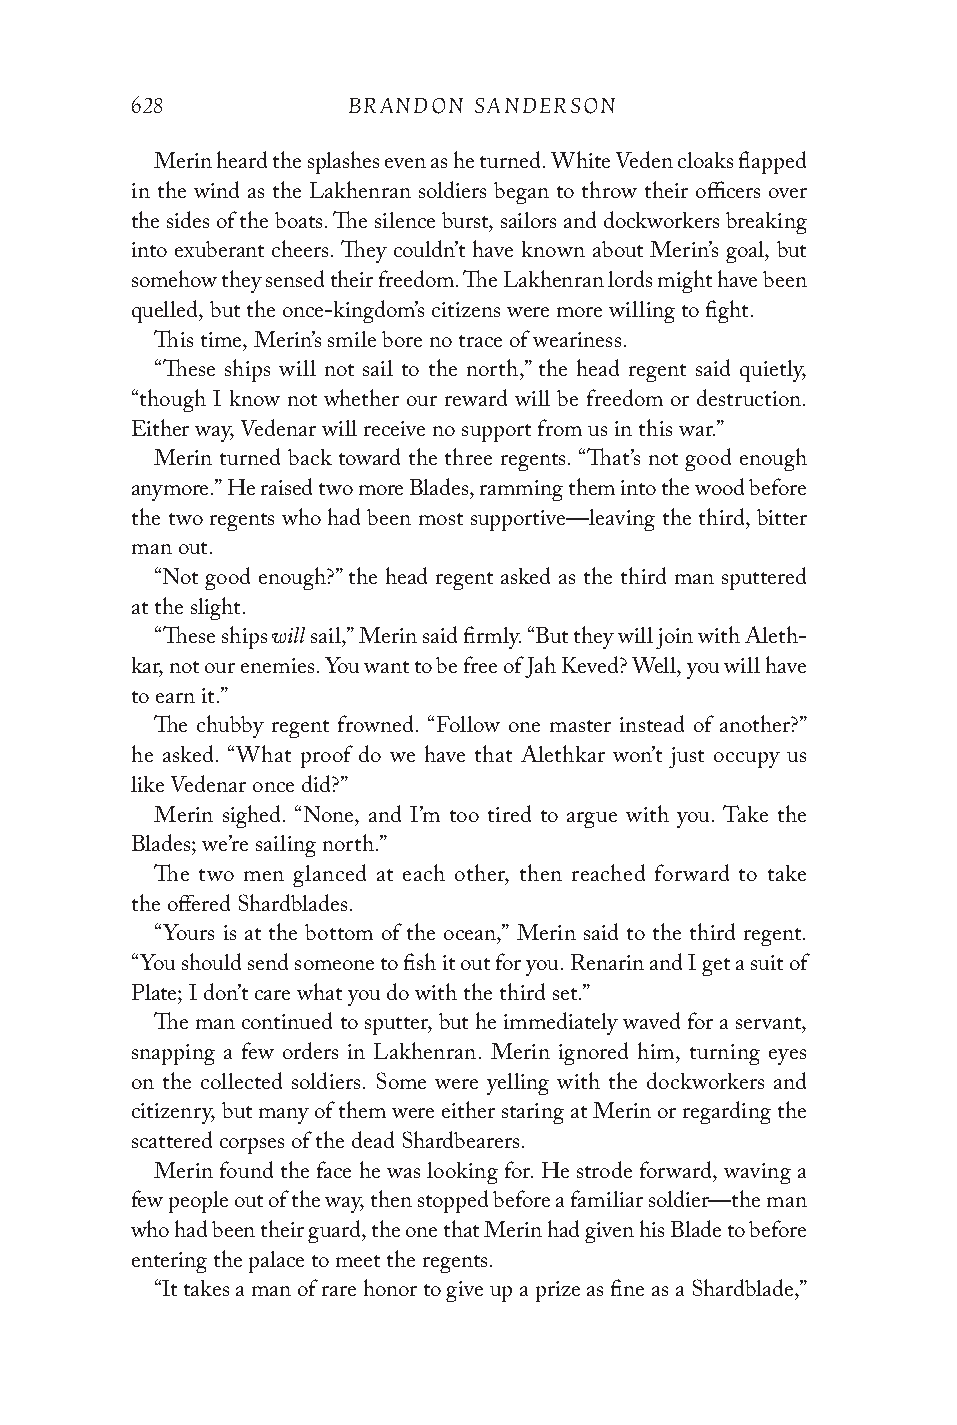
628           BRANDON SANDERSON
 Merin heard the splashes even as he turned. White Veden cloaks flapped
 in the wind as the Lakhenran soldiers began to throw their officers over
 the sides of the boats. The silence burst, sailors and dockworkers breaking
 into exuberant cheers. They couldn’t have known about Merin’s goal, but
 somehow they sensed their freedom. The Lakhenran lords might have been
 quelled, but the once-kingdom’s citizens were more willing to fight.
 This time, Merin’s smile bore no trace of weariness.
 “These ships will not sail to the north,” the head regent said quietly,
 “though I know not whether our reward will be freedom or destruction.
 Either way, Vedenar will receive no support from us in this war.”
 Merin turned back toward the three regents. “That’s not good enough
 anymore.” He raised two more Blades, ramming them into the wood before
 the two regents who had been most supportive—leaving the third, bitter
 man out.
 “Not good enough?” the head regent asked as the third man sputtered
 at the slight.
 will
 “These ships sail,” Merin said firmly. “But they will join with Aleth-
 kar, not our enemies. You want to be free of Jah Keved? Well, you will have
 to earn it.”
 The chubby regent frowned. “Follow one master instead of another?”
 he asked. “What proof do we have that Alethkar won’t just occupy us
 like Vedenar once did?”
 Merin sighed. “None, and I’m too tired to argue with you. Take the
 Blades; we’re sailing north.”
 The two men glanced at each other, then reached forward to take
 the offered Shardblades.
 “Yours is at the bottom of the ocean,” Merin said to the third regent.
 “You should send someone to fish it out for you. Renarin and I get a suit of
 Plate; I don’t care what you do with the third set.”
 The man continued to sputter, but he immediately waved for a servant,
 snapping a few orders in Lakhenran. Merin ignored him, turning eyes
 on the collected soldiers. Some were yelling with the dockworkers and
 citizenry, but many of them were either staring at Merin or regarding the
 scattered corpses of the dead Shardbearers.
 Merin found the face he was looking for. He strode forward, waving a
 few people out of the way, then stopped before a familiar soldier—the man
 who had been their guard, the one that Merin had given his Blade to before
 entering the palace to meet the regents.
 “It takes a man of rare honor to give up a prize as fine as a Shardblade,”